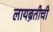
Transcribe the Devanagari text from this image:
लायब्रतीची